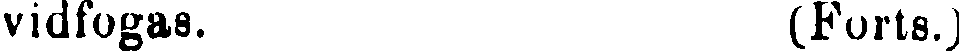
vidfogas. (Forts.)